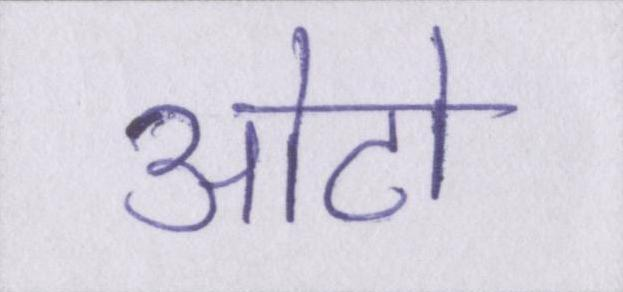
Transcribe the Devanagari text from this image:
ओटो